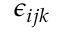
\epsilon _ { i j k }